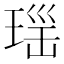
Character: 𱯈